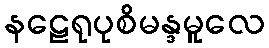
နဠေရုပုစိမန္ဒမူလေ